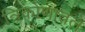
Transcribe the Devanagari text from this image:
त्रिकोणातले